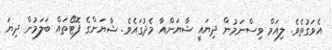
އެވަގުތެވެ. ލިއަމް ވިސްނަމުން ދިޔައީ ޝާޔަންއާ މެދުގައެވެ. ޝާޔަންގެ ފޮޓޯތައް ބަލަމުން ދިޔަ